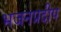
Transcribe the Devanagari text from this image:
भजनप्रदीप